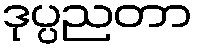
ဒုပ္ပညတာ